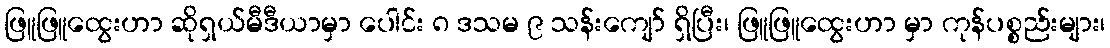
ဖြူဖြူထွေးဟာ ဆိုရှယ်မီဒီယာမှာ ပေါင်း ၈ ဒသမ ၉ သန်းကျော် ရှိပြီး၊ ဖြူဖြူထွေးဟာ မှာ ကုန်ပစ္စည်းများ၊